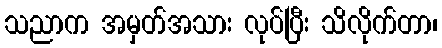
သညာက အမှတ်အသား လုပ်ပြီး သိလိုက်တာ၊